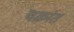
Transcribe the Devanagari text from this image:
चक्रांत